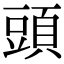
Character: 頭